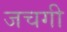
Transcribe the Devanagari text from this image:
जचगी